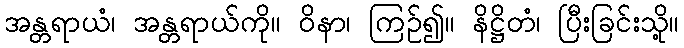
အန္တရာယံ၊ အန္တရာယ်ကို။ ဝိနာ၊ ကြဉ်၍။ နိဋ္ဌိတံ၊ ပြီးခြင်းသို့။